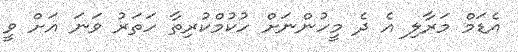
އެޑަމް މަރާލި އެ ދެ މީހުންނަށް ހުކުމްކުރިތާ ހަތަރު ވަނަ އަށް ވީ